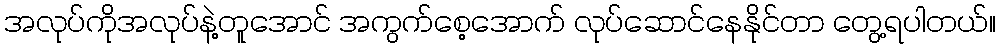
အလုပ်ကိုအလုပ်နဲ့တူအောင် အကွက်စေ့အောက် လုပ်ဆောင်နေနိုင်တာ တွေ့ရပါတယ်။